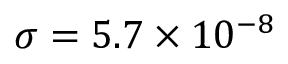
\sigma = 5 . 7 \times 1 0 ^ { - 8 }